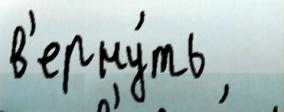
в'ерну́ть